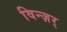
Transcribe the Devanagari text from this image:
विन्ज़र्